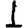
Digit: 1